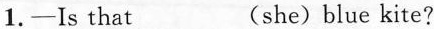
1.—Is that___(she)blue kite?